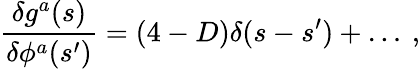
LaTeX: \frac{\delta g^{a}(s)}{\delta\phi^{a}(s^{\prime})}=(4-D)\delta(s-s^{\prime})+\ldots\: ,